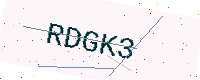
Text: RDGK3